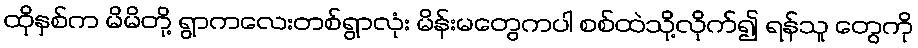
ထိုနှစ်က မိမိတို့ ရွာကလေးတစ်ရွာလုံး မိန်းမတွေကပါ စစ်ထဲသို့လိုက်၍ ရန်သူ တွေကို